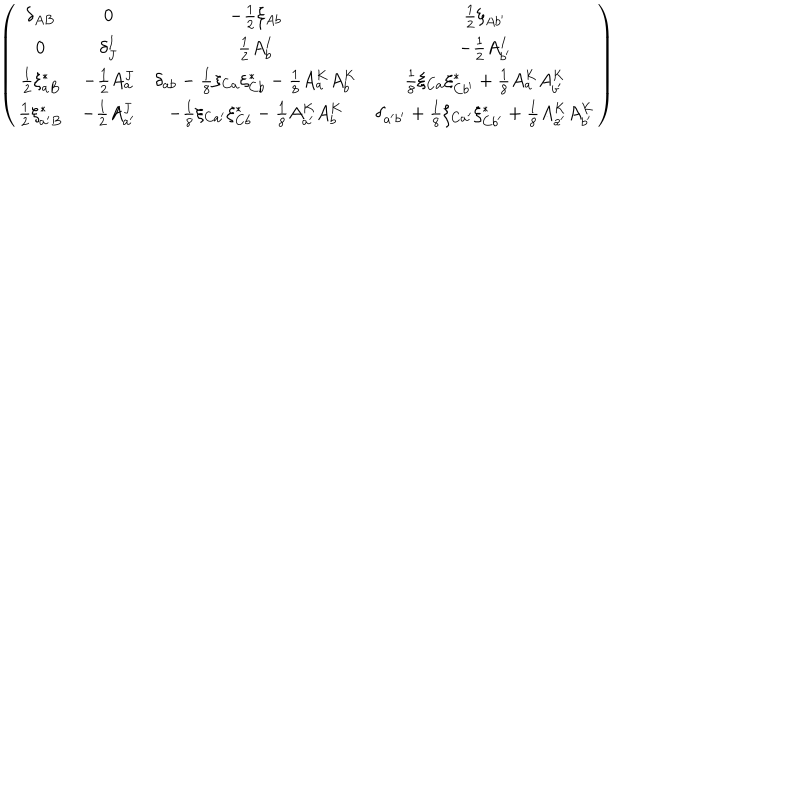
{ \left( \begin{matrix} { { { \delta _ { A B } } } } & { { 0 } } & { { { - { \frac { 1 } { 2 } } \xi _ { A b } } } } & { { { { \frac { 1 } { 2 } } \xi _ { A b ^ { \prime } } } } } \\ { { 0 } } & { { { \delta _ { J } ^ { I } } } } & { { { { \frac { 1 } { 2 } } A _ { b } ^ { I } } } } & { { { - { \frac { 1 } { 2 } } A _ { b ^ { \prime } } ^ { I } } } } \\ { { { { \frac { 1 } { 2 } } \xi _ { a B } ^ { * } } } } & { { { - { \frac { 1 } { 2 } } A _ { a } ^ { J } } } } & { { { \delta _ { a b } - { \frac { 1 } { 8 } } \xi _ { C a } \xi _ { C b } ^ { * } - { \frac { 1 } { 8 } } A _ { a } ^ { K } A _ { b } ^ { K } } } } & { { { \frac { 1 } { 8 } } { \xi _ { C a } \xi _ { C b ^ { \prime } } ^ { * } + { \frac { 1 } { 8 } } A _ { a } ^ { K } A _ { b ^ { \prime } } ^ { K } } } } \\ { { { { \frac { 1 } { 2 } } \xi _ { a ^ { \prime } B } ^ { * } } } } & { { { - { \frac { 1 } { 2 } } A _ { a ^ { \prime } } ^ { J } } } } & { { { - { \frac { 1 } { 8 } } \xi _ { C a ^ { \prime } } \xi _ { C b } ^ { * } - { \frac { 1 } { 8 } } A _ { a ^ { \prime } } ^ { K } A _ { b } ^ { K } } } } & { { { \delta _ { a ^ { \prime } b ^ { \prime } } + { \frac { 1 } { 8 } } \xi _ { C a ^ { \prime } } \xi _ { C b ^ { \prime } } ^ { * } + { \frac { 1 } { 8 } } A _ { a ^ { \prime } } ^ { K } A _ { b ^ { \prime } } ^ { K } } } } \\ \end{matrix} \right) }